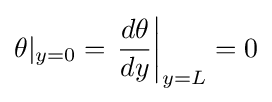
\theta |_{y=0}=\left.{\frac {d\theta }{dy}}\right|_{y=L}=0